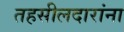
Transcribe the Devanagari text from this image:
तहसीलदारांना